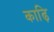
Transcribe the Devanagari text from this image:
काढ़ि